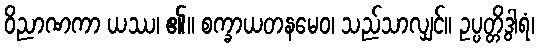
ဝိညာဏကာ ယဿ၊ ၏။ စက္ခာယတနမေဝ၊ သည်သာလျှင်။ ဥပ္ပတ္တိဒွါရံ၊